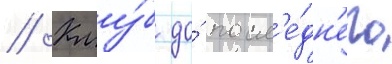
// Клу́б до́ посл'е́дн'его